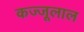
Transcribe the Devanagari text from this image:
कज्‍जूलाल